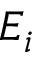
E _ { i }